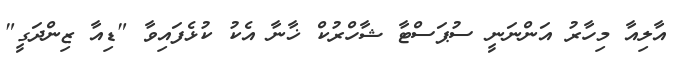
އާލިއާ މިހާރު އަންނަނީ ސުޕަސްޓާ ޝާހްރުކް ޚާނާ އެކު ކުޅެފައިވާ "ޑިއާ ޒިންދަގީ"